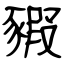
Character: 豭